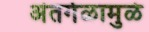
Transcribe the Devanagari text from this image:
अंतर्गळामुळे